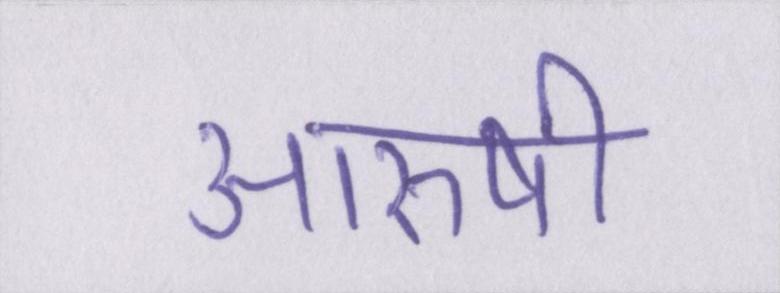
आरुषी